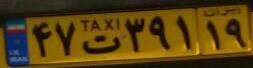
۴۷ت۳۹۱۱۹